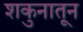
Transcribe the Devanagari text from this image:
शकुनातून